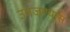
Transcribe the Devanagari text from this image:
उमजण्यास